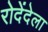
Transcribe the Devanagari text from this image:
रोदेंदेला